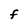
Character: F